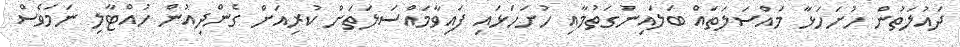
ދައުލަތުން ހުށަހަޅާ މައްސަލަތައް ބަލައިނުގަތުމާއި ހުށަހަޅައި ފައިވާމައްސަލަތަށް ކުރިއަށް ގެންދިއުން ހުއްޓާލި ނަމަވެސް